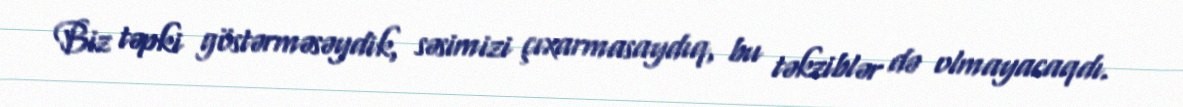
Biz təpki göstərməsəydik, səsimizi çıxarmasaydıq, bu təkziblər də olmayacaqdı.